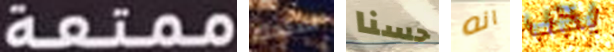
ممتعة لصالحك حسنا انه يجب